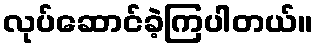
လုပ်ဆောင်ခဲ့ကြပါတယ်။